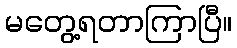
မတွေ့ရတာကြာပြီ။